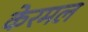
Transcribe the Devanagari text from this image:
केरमल